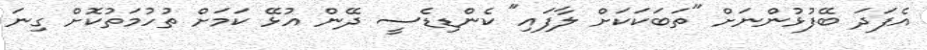
އެފަދަ ބޭފުޅުންނަށް "ތަބަކަކަށް ލާފައި" ކެންޑިޑެސީ ދޭން އުޅޭ ކަމަށް ތުހުމަތުކޮށް ގިނަ